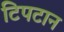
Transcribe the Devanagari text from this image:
टिपटान